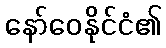
နော်ဝေနိုင်ငံ၏